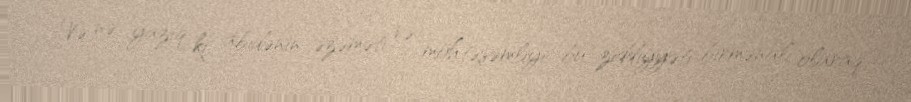
Və nə yazıq ki, abidənin əzəməti və möhtəşəmliyi bu ziddiyyəti birmənalı olaraq